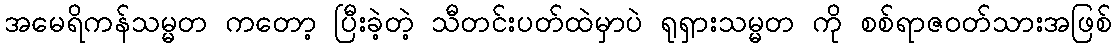
အမေရိကန်သမ္မတ ကတော့ ပြီးခဲ့တဲ့ သီတင်းပတ်ထဲမှာပဲ ရုရှားသမ္မတ ကို စစ်ရာဇဝတ်သားအဖြစ်